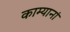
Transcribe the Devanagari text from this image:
काम्यानां